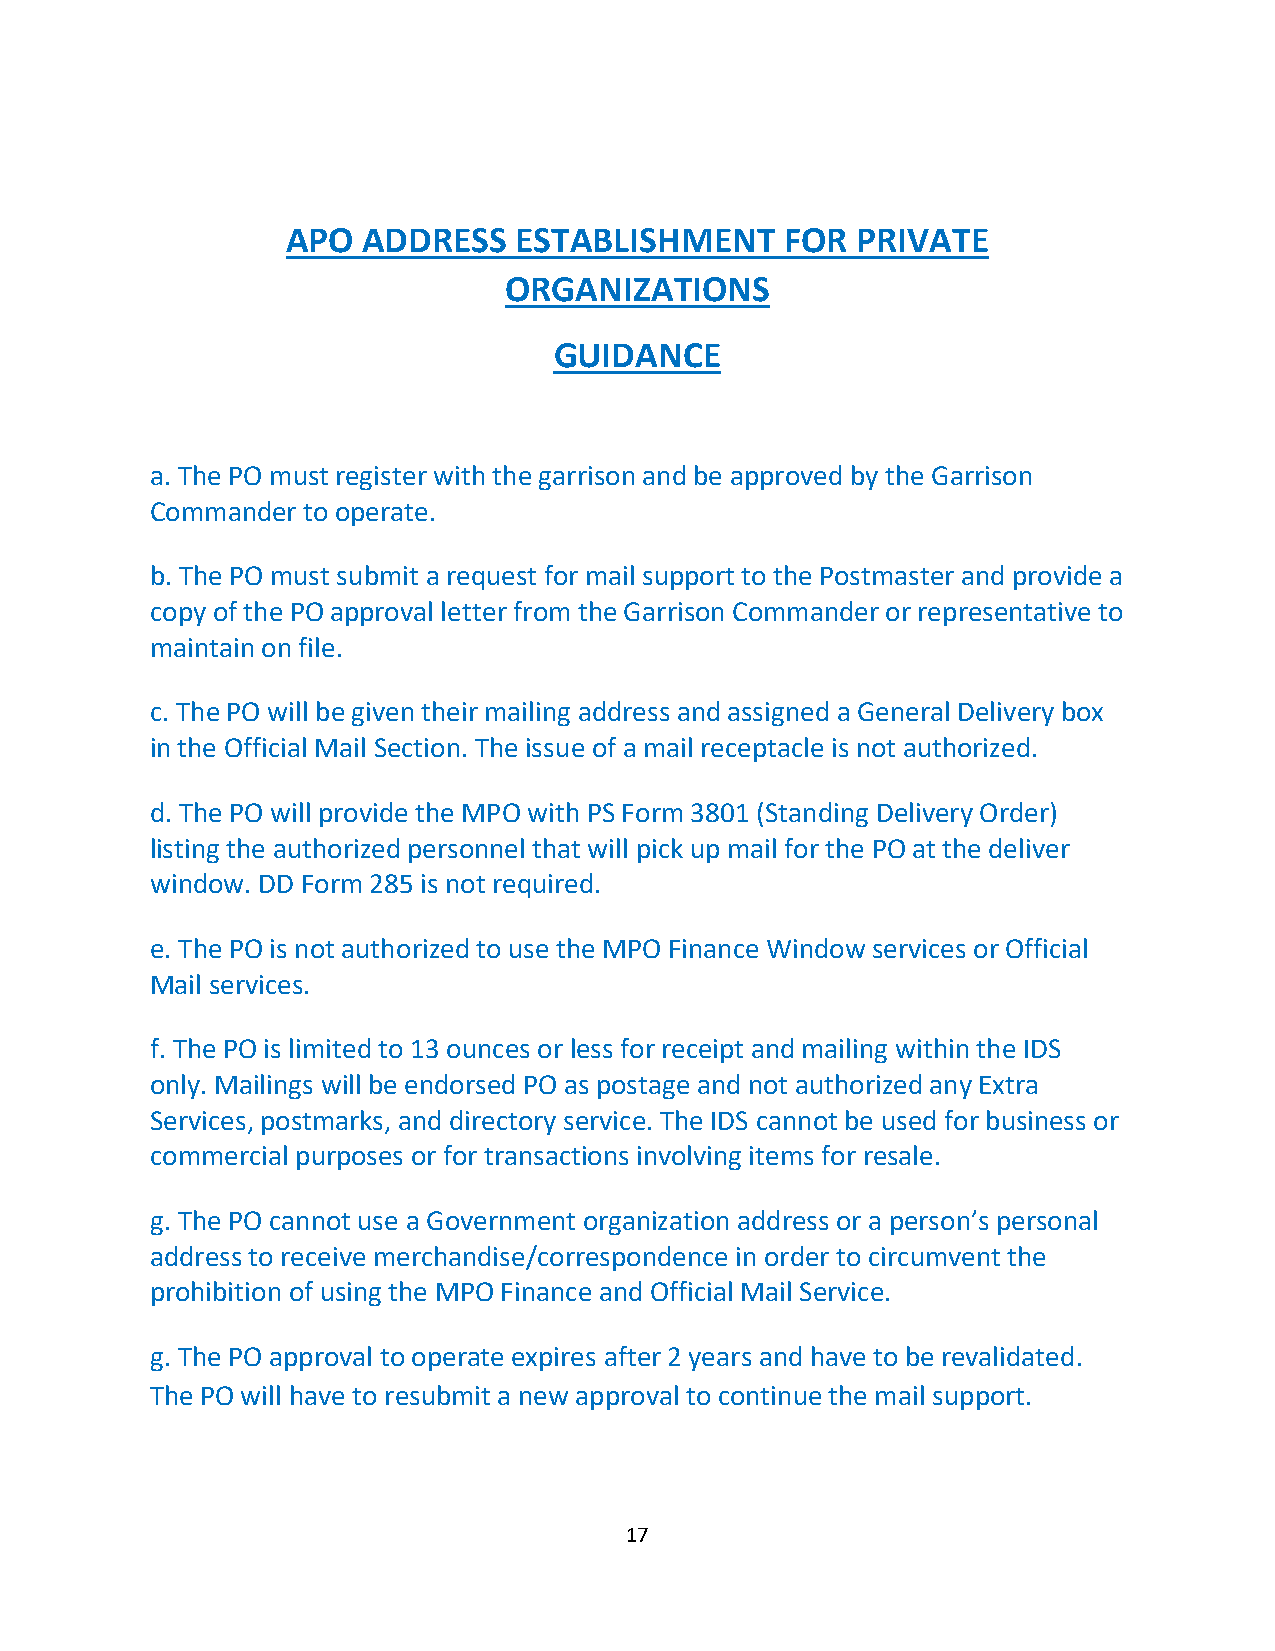
APO  ADDRESS   ESTABLISHMENT     FOR  PRIVATE
 ORGANIZATIONS
 GUIDANCE
 a. The PO must register with the garrison and be approved by the Garrison
 Commander to operate.
 b. The PO must submit a request for mail support to the Postmaster and provide a
 copy of the PO approval letter from the Garrison Commander or representative to
 maintain on file.
 c. The PO will be given their mailing address and assigned a General Delivery box
 in the Official Mail Section. The issue of a mail receptacle is not authorized.
 d. The PO will provide the MPO with PS Form 3801 (Standing Delivery Order)
 listing the authorized personnel that will pick up mail for the PO at the deliver
 window. DD Form 285 is not required.
 e. The PO is not authorized to use the MPO Finance Window services or Official
 Mail services.
 f. The PO is limited to 13 ounces or less for receipt and mailing within the IDS
 only. Mailings will be endorsed PO as postage and not authorized any Extra
 Services, postmarks, and directory service. The IDS cannot be used for business or
 commercial purposes or for transactions involving items for resale.
 g. The PO cannot use a Government organization address or a person’s personal
 address to receive merchandise/correspondence in order to circumvent the
 prohibition of using the MPO Finance and Official Mail Service.
 g. The PO approval to operate expires after 2 years and have to be revalidated.
 The PO will have to resubmit a new approval to continue the mail support.
 17